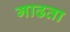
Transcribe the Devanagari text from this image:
गाढता